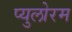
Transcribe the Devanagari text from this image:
प्युलोरम